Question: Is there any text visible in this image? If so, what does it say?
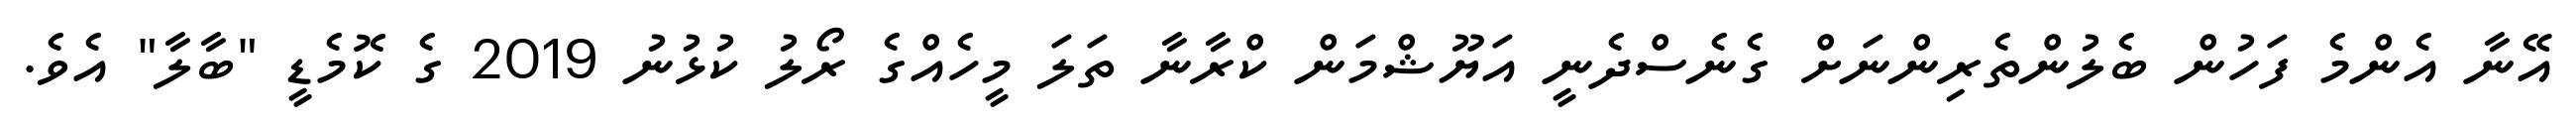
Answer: އޭނާ އެންމެ ފަހުން ބެލުންތެރިންނަށް ގެނެސްދެނީ އަޔޫޝްމަން ކްރާނާ ތަލަ މީހެއްގެ ރޯލު ކުޅުނު 2019 ގެ ކޮމެޑީ "ބާލާ" އެވެ.